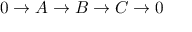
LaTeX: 0 \rightarrow A \rightarrow B \rightarrow C \rightarrow 0